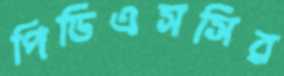
পিডিএসসির